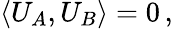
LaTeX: \langle U_{A},U_{B}\rangle=0\, ,